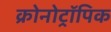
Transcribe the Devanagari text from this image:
क्रोनोट्रॉपिक